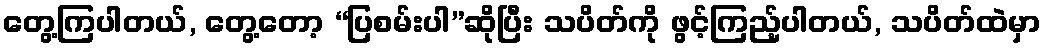
တွေ့ကြပါတယ်, တွေ့တော့ “ပြစမ်းပါ”ဆိုပြီး သပိတ်ကို ဖွင့်ကြည့်ပါတယ်, သပိတ်ထဲမှာ